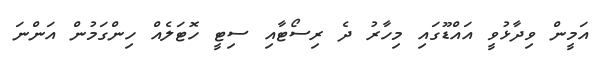
އަމީން ވިދާޅުވީ އައްޑޫގައި މިހާރު ދެ ރިސޯޓާއި ސިޓީ ހޮޓަލެއް ހިންގަމުން އަންނަ